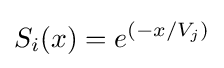
S_{i}(x)=e^{(-x/V_{j})}